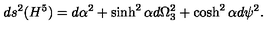
d s ^ { 2 } ( H ^ { 5 } ) = d \alpha ^ { 2 } + \sinh ^ { 2 } \alpha d \Omega _ { 3 } ^ { 2 } + \cosh ^ { 2 } \alpha d \psi ^ { 2 } .